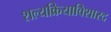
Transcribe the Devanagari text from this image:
शल्यक्रियाविशारद